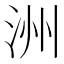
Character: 洲